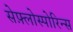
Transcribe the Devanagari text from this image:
सेफ़्लोस्पोरिन्स